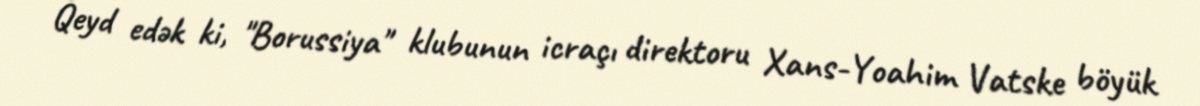
Qeyd edək ki, "Borussiya" klubunun icraçı direktoru Xans-Yoahim Vatske böyük